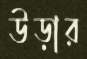
উড়ার